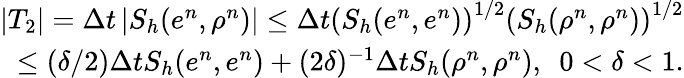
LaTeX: \begin{array}{r}{\left\vert T_{2}\right\vert=\Delta t\left\vert S_{h}(e^{n},\rho^{n})\right\vert\leq\Delta t\left(S_{h}(e^{n},e^{n})\right)^{1/2}\left(S_{h}(\rho^{n},\rho^{n})\right)^{1/2}}\\ {\leq(\delta/2)\Delta tS_{h}(e^{n},e^{n})+(2\delta)^{-1}\Delta tS_{h}(\rho^{n},\rho^{n}),\ \ 0<\delta<1.}\end{array}